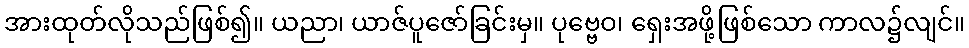
အားထုတ်လိုသည်ဖြစ်၍။ ယညာ၊ ယာဇ်ပူဇော်ခြင်းမှ။ ပုဗ္ဗေဝ၊ ရှေးအဖို့ဖြစ်သော ကာလ၌လျင်။